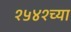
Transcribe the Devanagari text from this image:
१५४१च्या